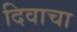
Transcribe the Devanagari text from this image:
दिवाचा